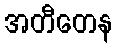
အတီတေန